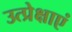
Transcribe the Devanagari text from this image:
उत्प्रेक्षाएं